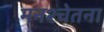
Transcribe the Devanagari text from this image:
मनश्चेतना